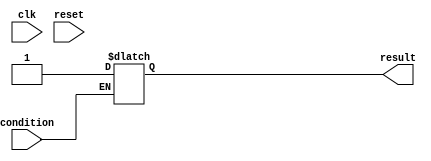
module conditional_wait_example (
    input wire clk,
    input wire reset,
    input wire condition,  // The condition to wait for
    output reg result      // Output that will be set when condition is met
);

    // Initial block to set the result to 0
    initial begin
        result = 0;
    end

    // Always block that uses the conditional wait
    always @(*) begin
        // Wait for the condition to be true
        if (condition) begin
            // If condition is met, perform the action
            result = 1;  // Set result to 1 when condition is true
        end else begin
            // If condition is not met, keep result unchanged
            result = result;  // Maintain current value
        end
    end

endmodule